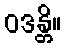
ဝဒန္တိ။